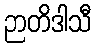
ဉာတိဒါသီ